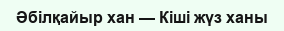
Әбілқайыр хан — Кіші жүз ханы